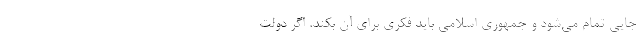
جایی تمام می‌شود و جمهوری اسلامی باید فکری برای آن بکند. اگر دولت